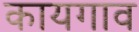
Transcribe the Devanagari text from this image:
कायगाव